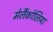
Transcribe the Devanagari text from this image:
मेलैंकोलिया